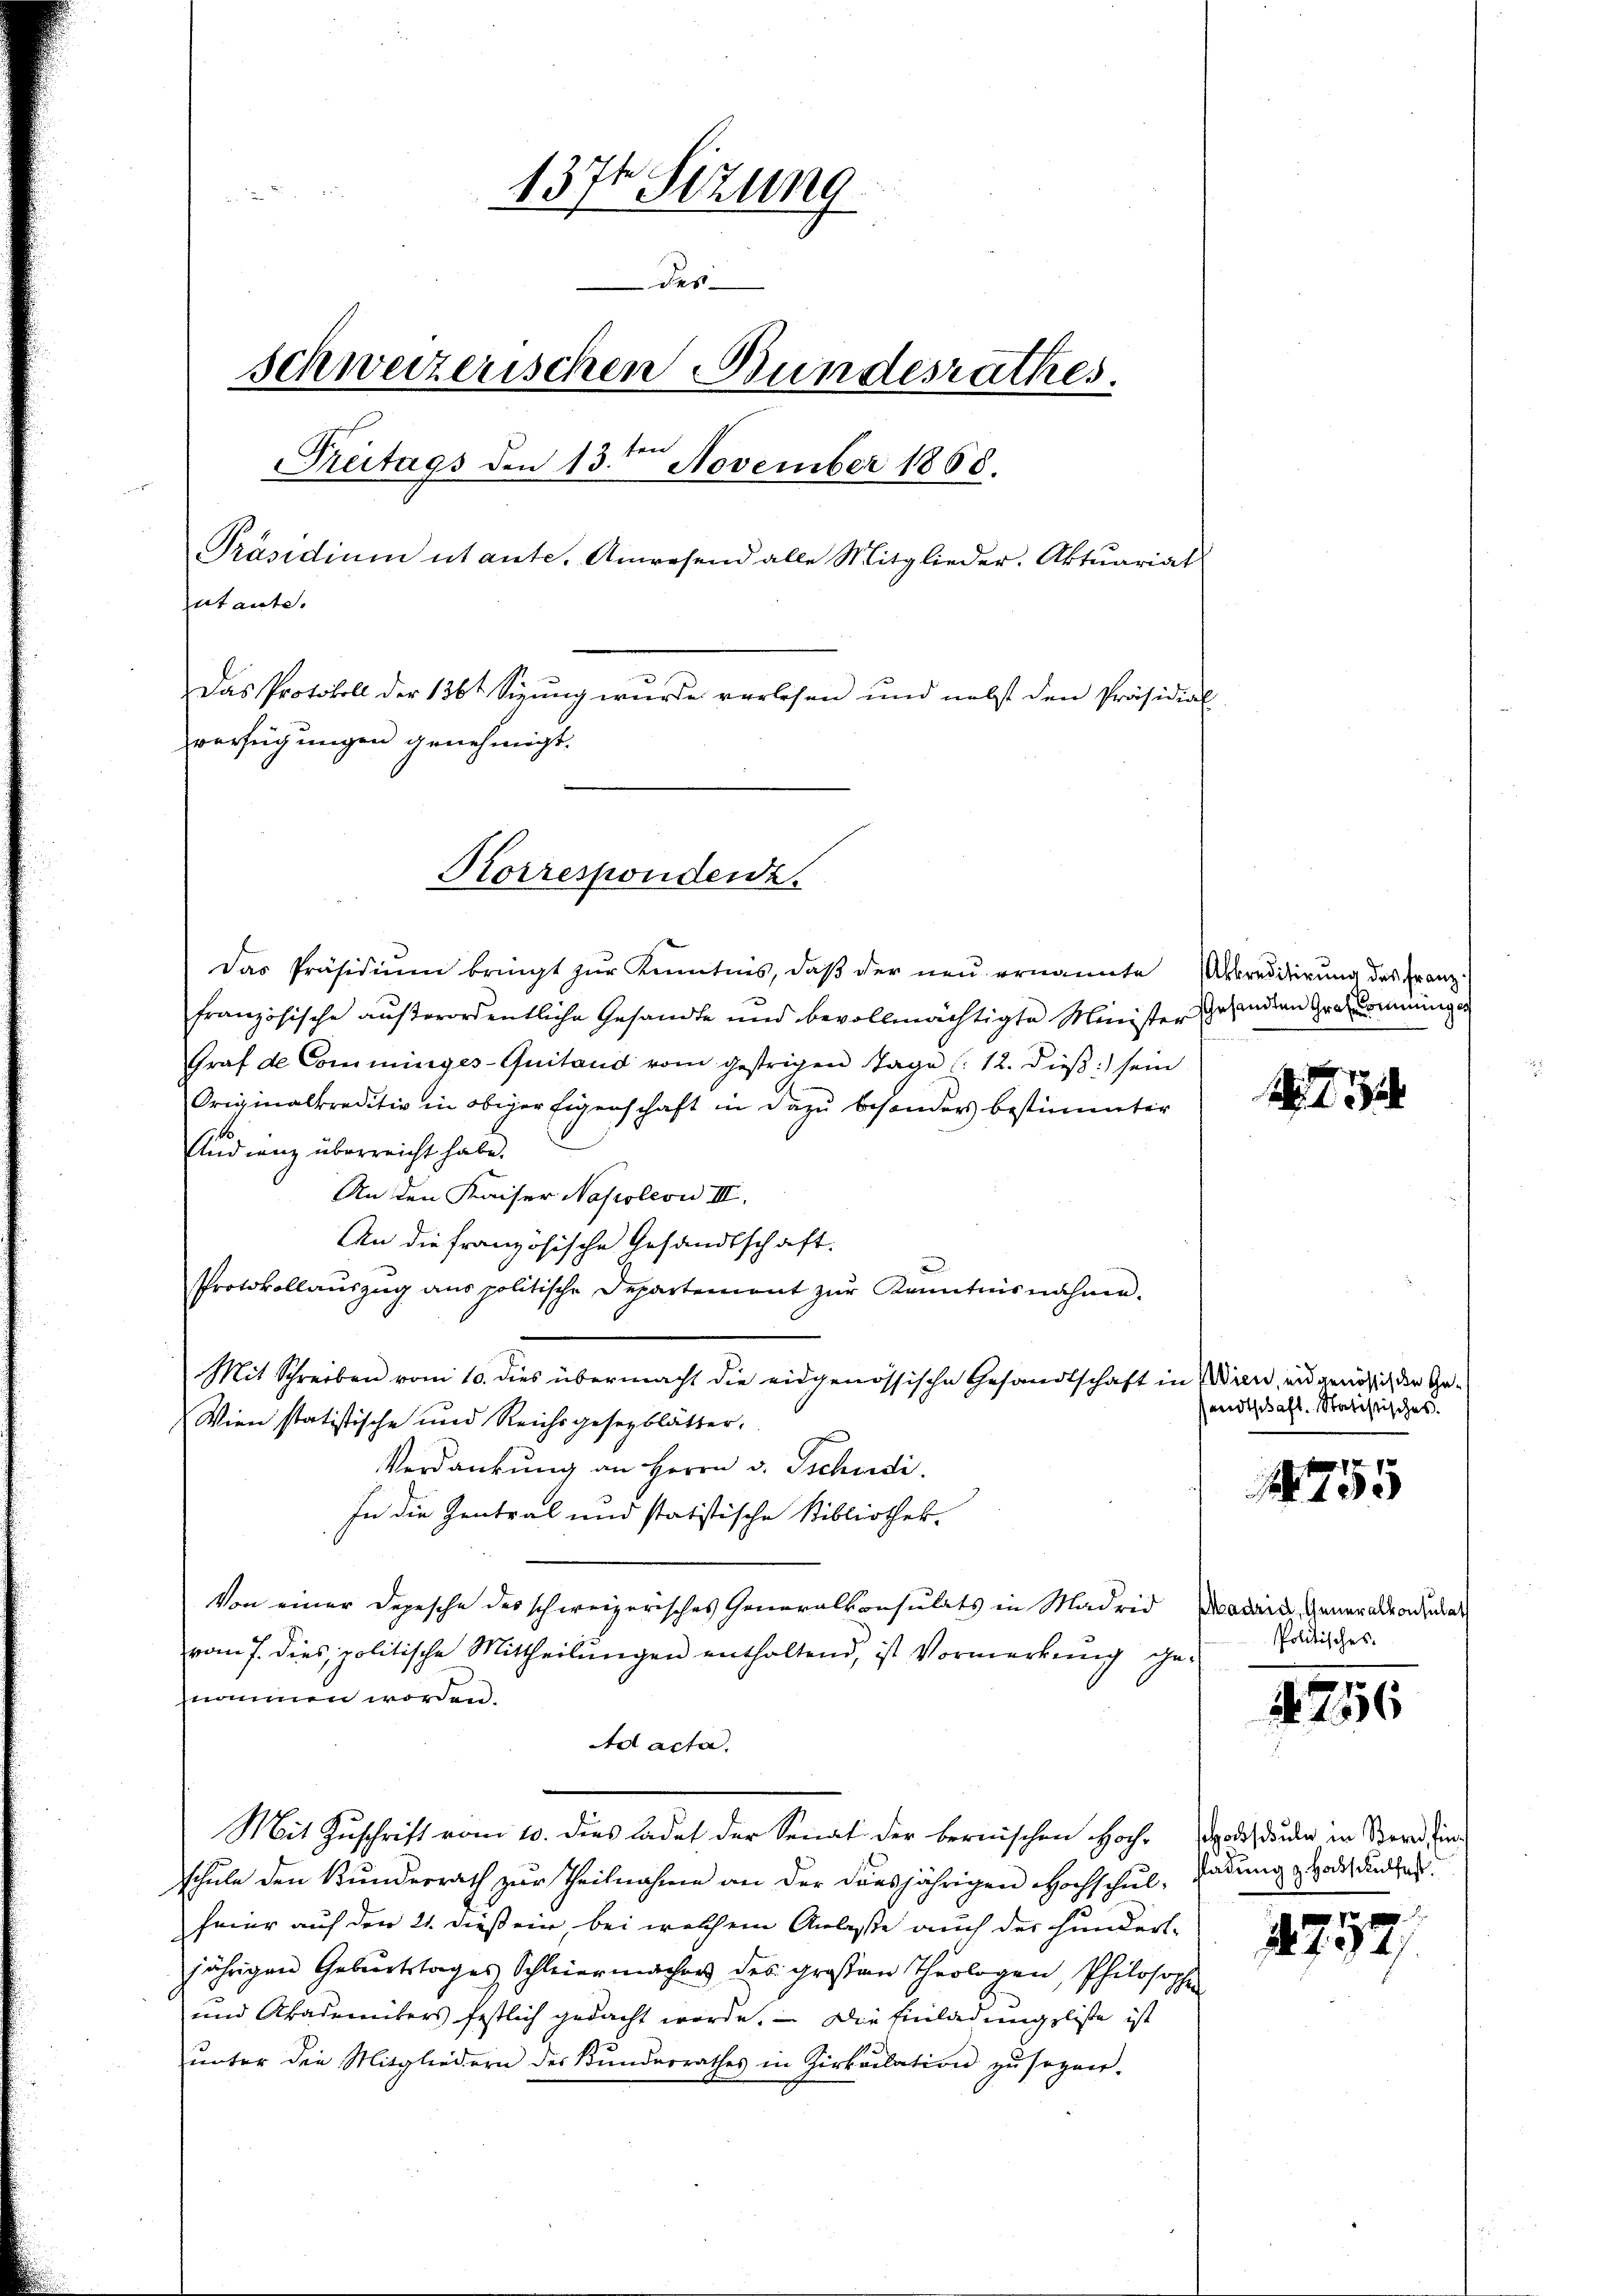
1376 Sizung
dum
des
schweizerischen Bundesrathes.
Treitags den 13te͇n November 1868.
Präsidium utante. Anwesend alle Mitglieder. Aktuariat
utante.
Das Protokoll der 136t Sizung wurde verlesen und nebst den Präsidial
sverfügungen genehmigt.

Korrespondenz.

Das Präsidiŭm bringt zur Kenntnis, daß der neu ernannte Abtreidierung des Franz-
französische außerordentliche Gesandte und bevollmächtigte Minister Gegenden Graz kommungen
Graf de Comminges-Quitand vom gestrigen Tage (: 12. dieβ sein
Originalkreditiv in obiger Eigenschaft in dazu besonders bestimmter
Audienz überreicht habe.
An den Kaiser Napoleon III.
An die französische Gesandtschaft.
Protokollaŭszŭg ans politische Departement zŭr Kenntnisnahme.
Mit Schreiben vom 10. dies übermacht die eidgenössische Gesandtschaft in Wien, und genössich der Ge¬
Wien statistische und Reichsgesezblätter.
Verdankung an Herrn v. Tschudi.
In die Zentral und statistische Bibliothek-
Von einer Depesche des schweizerisches Generalkonsulats in Madrid
vom 7. dies, politische Mittheilŭngen enthaltend, ist Vormerkŭng gesnommen worden.
Ad acta.
Mit Zuschrift vom 10. dies ladet der Senat der bernischen Hoch- ode, du den in Bern find
schule den Bundesrath zur Theilnahme an der diesjährigen Hochschul, Ladung & Bad Keller
feier auf den 21. dieß ein, bei welchem Anlaße auch der Hundertjährigen Geburtstages, Schleiermacher des großen Theologen, Philosophe
und Akademikers festlich gedacht werde. — Die Einladungsliste ist
unter die Mitgliedern des Bundesrathes in Zirkulation zu sagen.

sandtschaft. Statistisches.

755

Madrid, Generalkonsulat
Politisches.

4. 7516

4757/